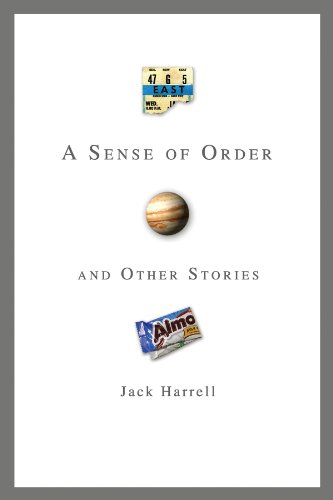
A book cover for A Sense of Order and Other Stories; Jack Harrell; Religion & Spirituality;